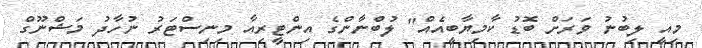
މިއީ ލިބުނު ވަރަށް ބޮޑު ކާމިޔާބީއެއް" ލުބްނާންގެ އިންޓީރިއާ މިނިސްޓަރު ނުހާދު މަޝްނޫގް